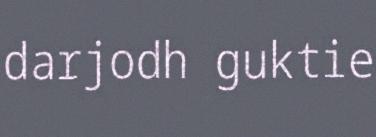
darjodh guktie